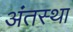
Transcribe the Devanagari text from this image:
अंंतस्था